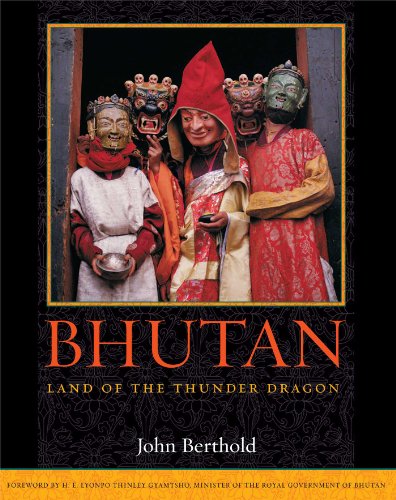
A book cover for Bhutan: Land of the Thunder Dragon; John Berthold; Travel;